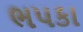
ભપકા